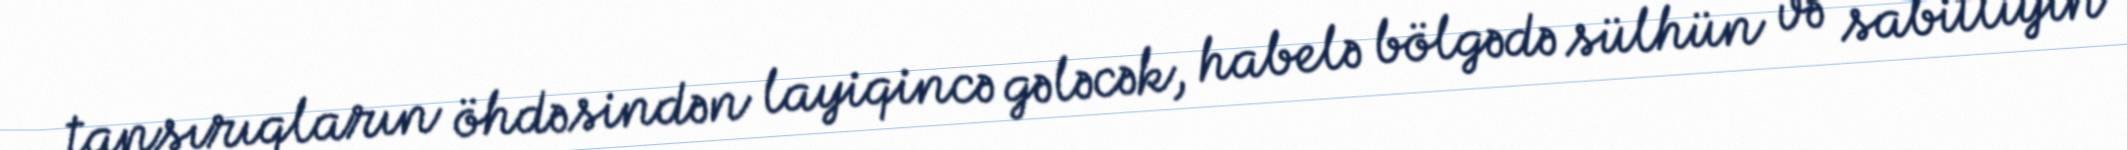
tapşırıqların öhdəsindən layiqincə gələcək, habelə bölgədə sülhün və sabitliyin